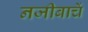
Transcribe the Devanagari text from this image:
नजीबाचें